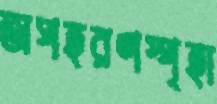
অপহরণস্পৃহা